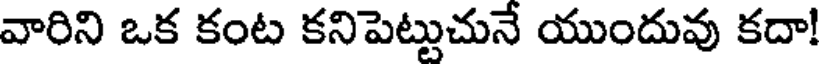
వారిని ఒక కంట కనిపెట్టుచునే యుందువు కదా!